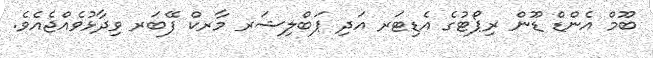
ބޫމް އެންޑް ޑޫން ރިޕޯޓުގެ އެޑިޓަރ އަދި ޕަބްލިޝަރ މާރކް ފޭބަރ ވިދާޅުވެއްޖެއެވެ.